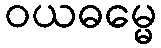
ဝယဓမ္မေ